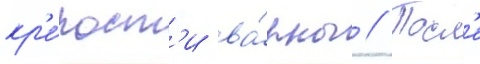
кр'е́пост'и ва́рны // Посл'е